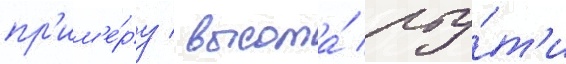
пр'им'е́ру / высота́ рту́т'и